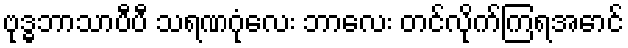
ဗုဒ္ဓဘာသာပီပီ သရဏဂုံလေး ဘာလေး တင်လိုက်ကြရအောင်